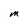
Character: M